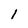
Character: 1